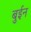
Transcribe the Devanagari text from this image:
बुईन